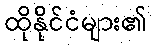
ထိုနိုင်ငံများ၏